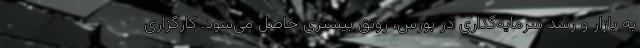
به بازار و رشد سرمایه‌گذاری در بورس، رونق بیشتری حاصل می‌شود. کارگزاری